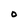
Character: O